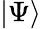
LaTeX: \left|\Psi\right\rangle